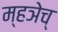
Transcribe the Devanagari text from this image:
म्हञेच्